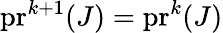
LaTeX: \mathrm{pr}^{k+1}(J)=\mathrm{pr}^{k}(J)